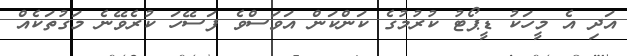
އަދި އެ މީހަކު ޑީޕޯޓު ކުރުމުގެ ކަންކަން އަވަސްވެ ފަސޭހަ ކުރެވޭނެ މަގުތަކެއް